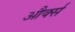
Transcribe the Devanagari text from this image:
और्क्स